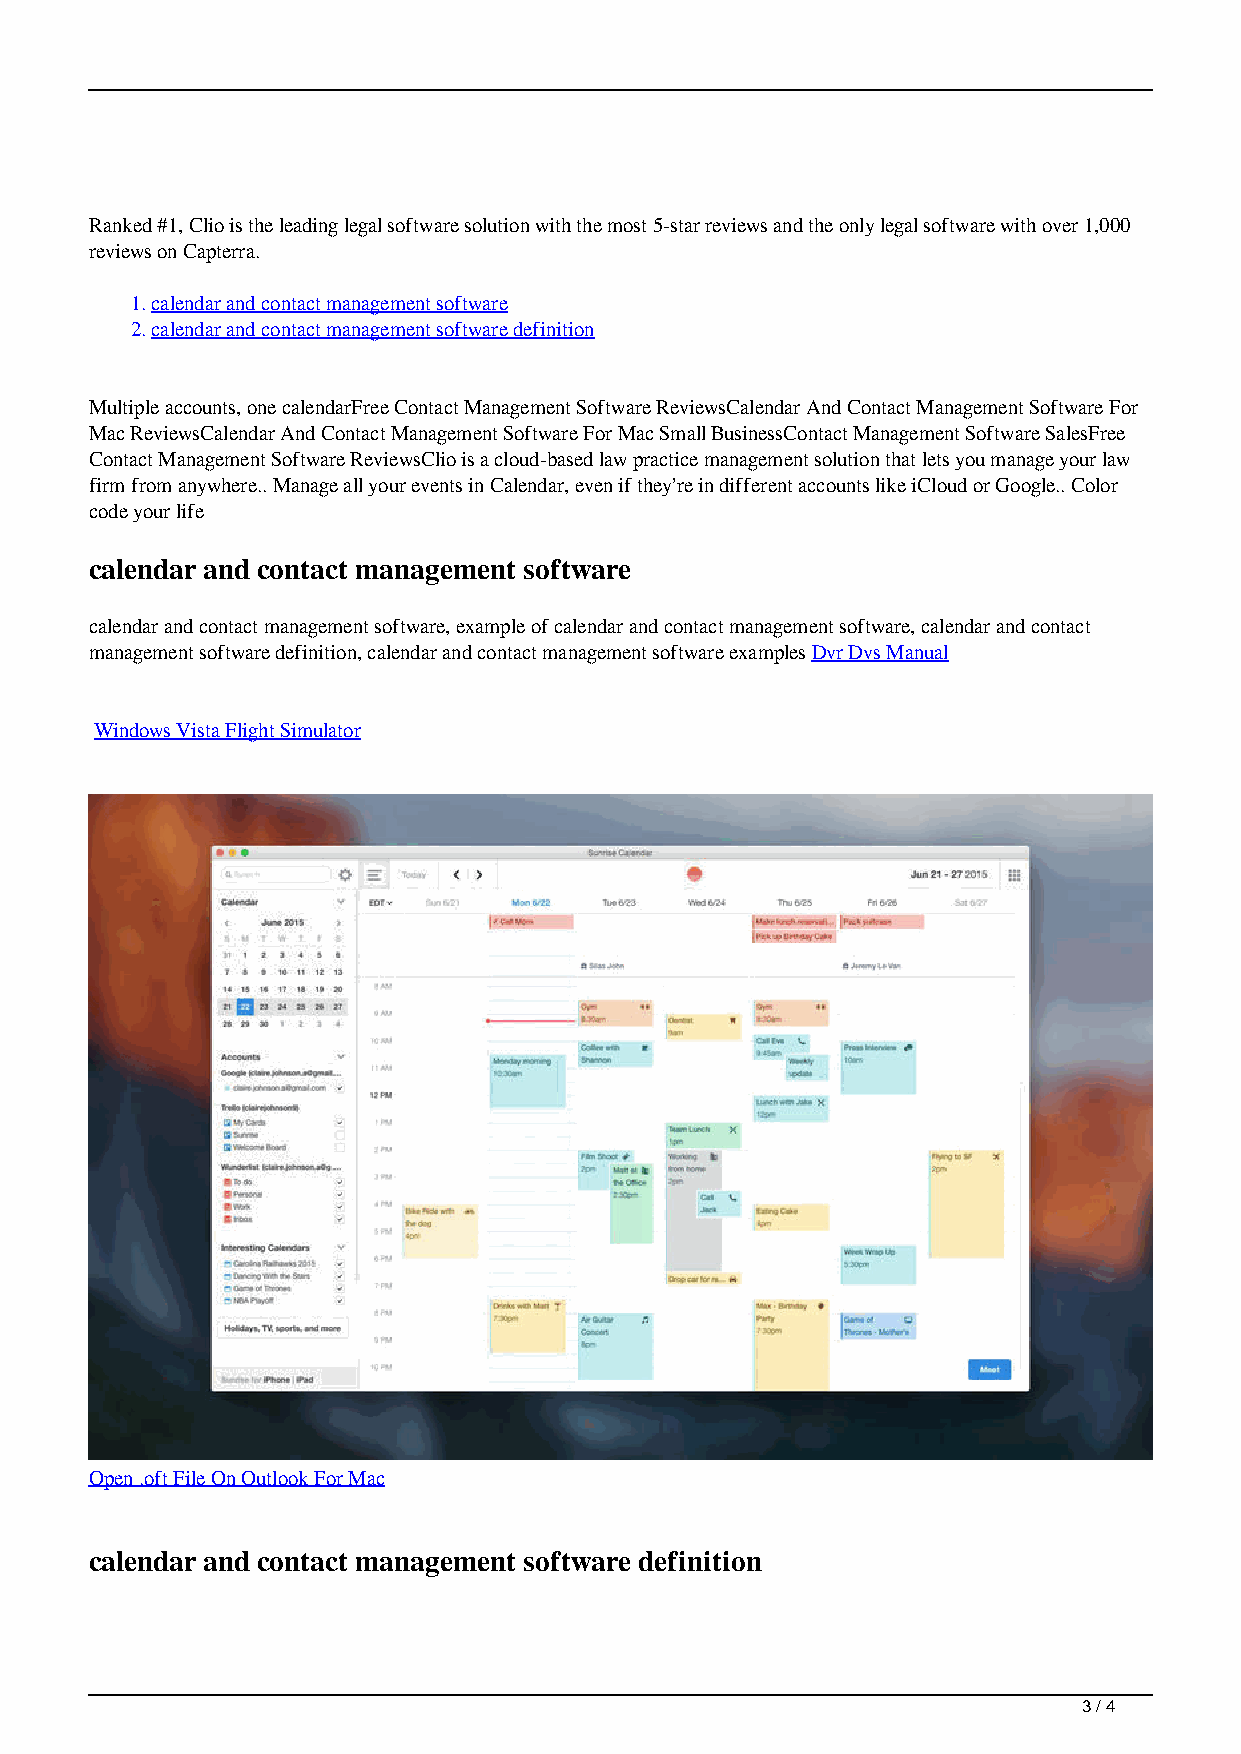
Ranked #1, Clio is the leading legal software solution with the most 5-star reviews and the only legal software with over 1,000
 reviews on Capterra.
 1.calendar and contact management software
 2.calendar and contact management software definition
 Multiple accounts, one calendarFree Contact Management Software ReviewsCalendar And Contact Management Software For
 Mac ReviewsCalendar And Contact Management Software For Mac Small BusinessContact Management Software SalesFree
 Contact Management Software ReviewsClio is a cloud-based law practice management solution that lets you manage your law
 firm from anywhere.. Manage all your events in Calendar, even if they’re in different accounts like iCloud or Google.. Color
 code your life
 calendar and contact management software
 calendar and contact management software, example of calendar and contact management software, calendar and contact
 management software definition, calendar and contact management software examples Dvr Dvs Manual
 Windows Vista Flight Simulator
 Open .oft File On Outlook For Mac
 calendar and contact management software definition
 3 / 4